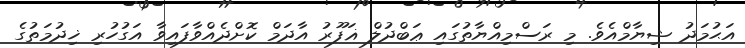
އަޙުމަދު ޝިޔާމްއެވެ. މި ރަސްމިއްޔާތުގައި ޢަބްދުލް ޣަފޫރު އާދަމް ކޮށްދެއްވާފައިވާ އަގުހުރި ޚިދުމަތުގެ